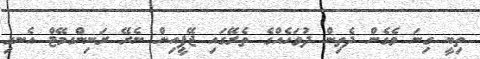
ތިބީ ގިނަ ވެގެން ދެތިން ދުވަހެއްގެ ތެރޭގައި ޖޭޕީއިން ނެރޭ ރަނިންގމޭޓް އެނގި